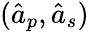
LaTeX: (\hat{a}_{p},\hat{a}_{s})